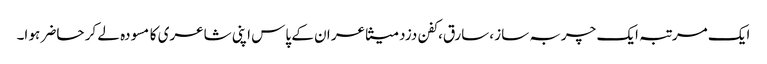
ایک مرتبہ ایک چربہ ساز ،سارق،کفن دزد متشاعر ان کے پاس اپنی شاعری کا مسودہ لے کر حاضر ہو ا۔